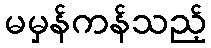
မမှန်ကန်သည့်